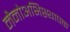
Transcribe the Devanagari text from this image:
नैनोअभिस्थापक